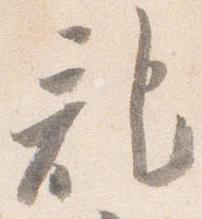
記